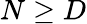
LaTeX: N\ge D